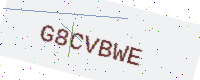
Text: G8CVBWE